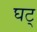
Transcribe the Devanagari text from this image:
घट्